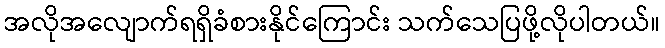
အလိုအလျောက်ရရှိခံစားနိုင်ကြောင်း သက်သေပြဖို့လိုပါတယ်။